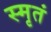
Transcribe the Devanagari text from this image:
स्मृतं